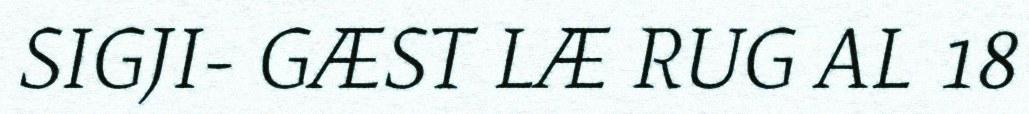
SIGJI- GÆST LÆ RUG AL 18